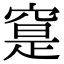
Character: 𥦽